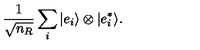
{ \frac { 1 } { \sqrt { n _ { R } } } } \sum _ { i } | e _ { i } \rangle \otimes | e _ { i } ^ { * } \rangle .